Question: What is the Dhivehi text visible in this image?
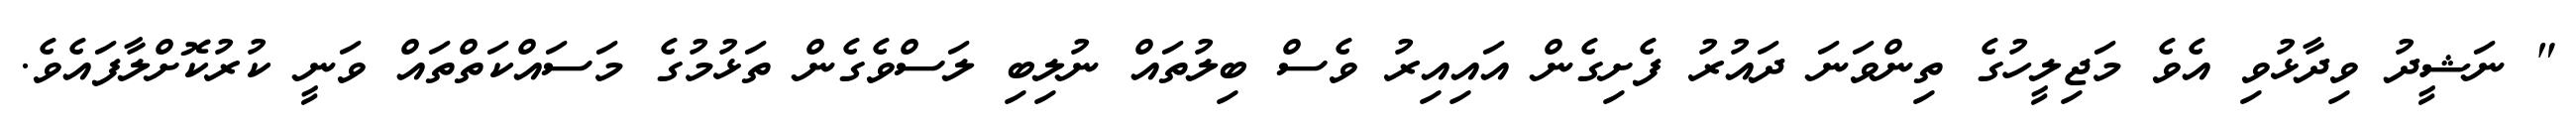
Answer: " ނަޝީދު ވިދާޅުވި އެވެ މަޖިލީހުގެ ތިންވަނަ ދައުރު ފެށިގެން އައިއިރު ވެސް ބިލުތައް ނުލިބި ލަސްވެގެން ތަޅުމުގެ މަސައްކަތްތައް ވަނީ ކުރުކޮށްލާފައެވެ.